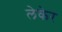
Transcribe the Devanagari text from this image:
लेकेर